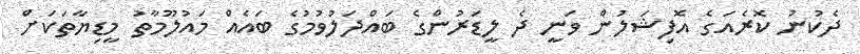
ދެކުނު ކޮރެއަގެ އޮފިޝަލުން ވަނީ ދެ ލީޑަރުންގެ ބައްދަލުވުމުގެ ބައެއް މައުލޫމާތު މީޑިޔާތަކަށް